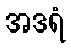
အဒရံ